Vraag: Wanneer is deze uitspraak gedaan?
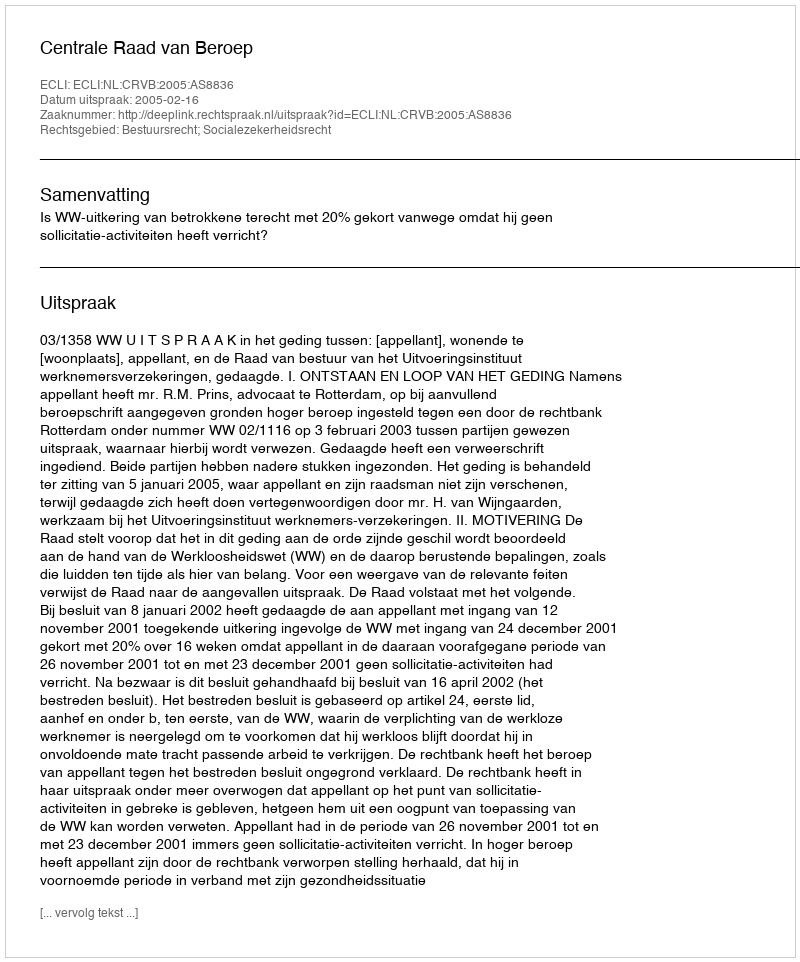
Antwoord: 2005-02-16